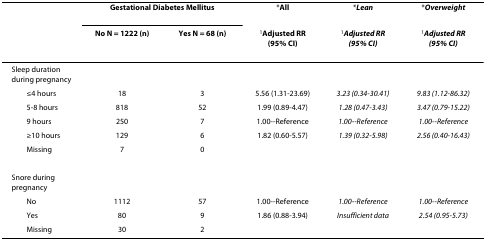
|  | <COLSPAN=2> Gestational Diabetes Mellitus | *All | *Lean | *Overweight |
 |  | No N = 1222 (n) | Yes N = 68 (n) | 1Adjusted RR (95% CI) | 1Adjusted RR (95% CI) | 1Adjusted RR (95% CI) |
 | --- | --- | --- | --- | --- | --- |
 | Sleep duration during pregnancy |  |  |  |  |  |
 | ≤4 hours | 18 | 3 | 5.56 (1.31-23.69) | 3.23 (0.34-30.41) | 9.83 (1.12-86.32) |
 | 5-8 hours | 818 | 52 | 1.99 (0.89-4.47) | 1.28 (0.47-3.43) | 3.47 (0.79-15.22) |
 | 9 hours | 250 | 7 | 1.00--Reference | 1.00--Reference | 1.00--Reference |
 | ≥10 hours | 129 | 6 | 1.82 (0.60-5.57) | 1.39 (0.32-5.98) | 2.56 (0.40-16.43) |
 | Missing | 7 | 0 |  |  |  |
 | Snore during pregnancy |  |  |  |  |  |
 | No | 1112 | 57 | 1.00--Reference | 1.00--Reference | 1.00--Reference |
 | Yes | 80 | 9 | 1.86 (0.88-3.94) | Insufficient data | 2.54 (0.95-5.73) |
 | Missing | 30 | 2 |  |  |  |